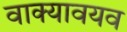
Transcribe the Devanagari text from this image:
वाक्यावयव